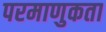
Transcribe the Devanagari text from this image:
परमाणुकता